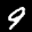
Label: 9